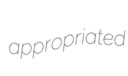
appropriated